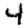
Digit: 4